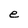
Character: e